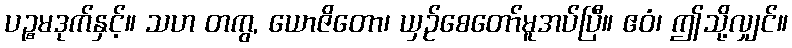
ပဉ္စမဒုက်နှင့်။ သဟ တကွ, ယောဇိတော၊ ယှဉ်စေတော်မူအပ်ပြီ။ ဧဝံ၊ ဤသို့လျှင်။